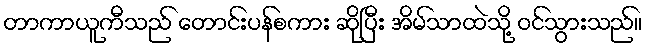
တာကာယူကီသည် တောင်းပန်စကား ဆိုပြီး အိမ်သာထဲသို့ ဝင်သွားသည်။